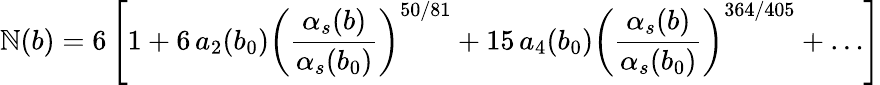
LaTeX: \mathbb{N}(b)=6\left[1+6\, a_{2}(b_{0})\left(\frac{{\alpha_{s}(b)}}{{\alpha_{s}(b_{0})}}\right)^{50/81}+15\, a_{4}(b_{0})\left(\frac{{\alpha_{s}(b)}}{{\alpha_{s}(b_{0})}}\right)^{364/405}+\ldots\right]